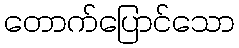
တောက်ပြောင်သော